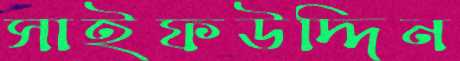
সাইফউদ্দিন